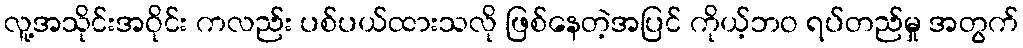
လူ့အသိုင်းအဝိုင်း ကလည်း ပစ်ပယ်ထားသလို ဖြစ်နေတဲ့အပြင် ကိုယ့်ဘဝ ရပ်တည်မှု အတွက်